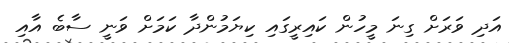
އަދި ވަރަށް ގިނަ މީހުން ކައިރީގައި ކިޔަމުންދާ ކަމަށް ވަނީ ސާބެ އާއި